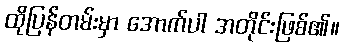
ထိုပြန်တမ်းမှာ အောက်ပါ အတိုင်းဖြစ်၏။